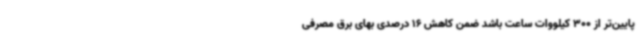
پایین‌تر از 300 کیلووات ساعت باشد ضمن کاهش 16 درصدی بهای برق مصرفی